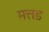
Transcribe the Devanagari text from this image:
मत्तड